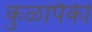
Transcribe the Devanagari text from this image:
कुळांपैकी